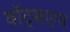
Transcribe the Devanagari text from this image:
वॉट्सएप्प